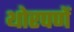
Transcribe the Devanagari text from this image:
थोरपणें